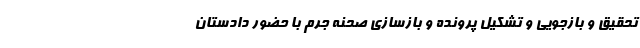
تحقیق و بازجویی و تشکیل پرونده و بازسازی صحنه جرم با حضور دادستان